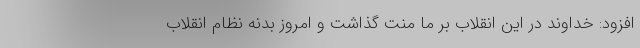
افزود: خداوند در این انقلاب بر ما منت گذاشت و امروز بدنه نظام انقلاب